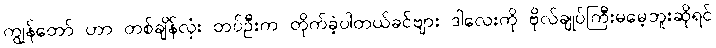
ကျွန်တော် ဟာ တစ်ချိန်လုံး တပ်ဦးက တိုက်ခဲ့ပါတယ်ခင်ဗျား ဒါလေးကို ဗိုလ်ချုပ်ကြီးမမေ့ဘူးဆိုရင်